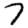
Digit: 7